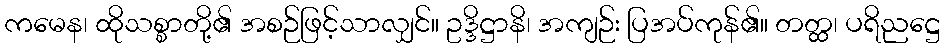
ကမေန၊ ထိုသစ္စာတို့၏ အစဉ်ဖြင့်သာလျှင်။ ဥဒ္ဒိဋ္ဌာနိ၊ အကျဉ်း ပြအပ်ကုန်၏။ တတ္ထ၊ ပရိညဋ္ဌေ